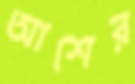
আশের